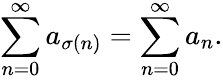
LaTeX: \sum_{n=0}^{\infty}a_{\sigma(n)}=\sum_{n=0}^{\infty}a_{n}.